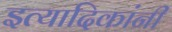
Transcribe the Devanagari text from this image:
इत्यादिकांनी